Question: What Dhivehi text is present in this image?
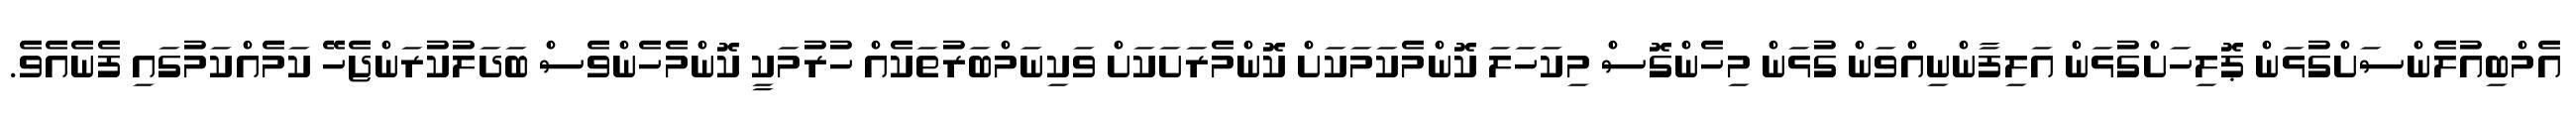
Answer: އެމްބިއުލެންސަށްގުޅަން ޕޮލިހަށްގުޅަން އަލިފާންނިއްވަން ގުޅަން މިހެންގޮސް މިކަހަލަ ކޮންމެކަމަކަށް ކޮންމެރަށަކަށް ވަކިނަމްބަރުތަކެއް ހުރުމަކީ ކޮންމެހެންވެސް ބަދަލުކުރަންޖެހޭ ކަމެއްކަމުގައި ފެނެއެވެ.